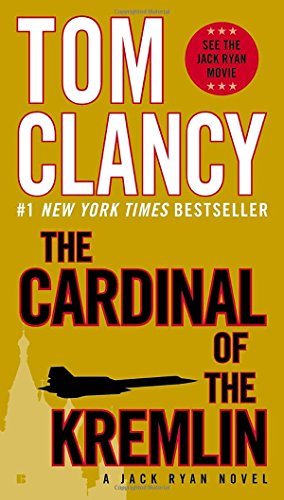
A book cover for The Cardinal of the Kremlin (A Jack Ryan Novel); Tom Clancy; Mystery, Thriller & Suspense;